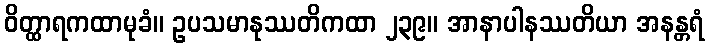
ဝိတ္ထာရကထာမုခံ။ ဥပသမာနုဿတိကထာ ၂၃၉။ အာနာပါနဿတိယာ အနန္တရံ